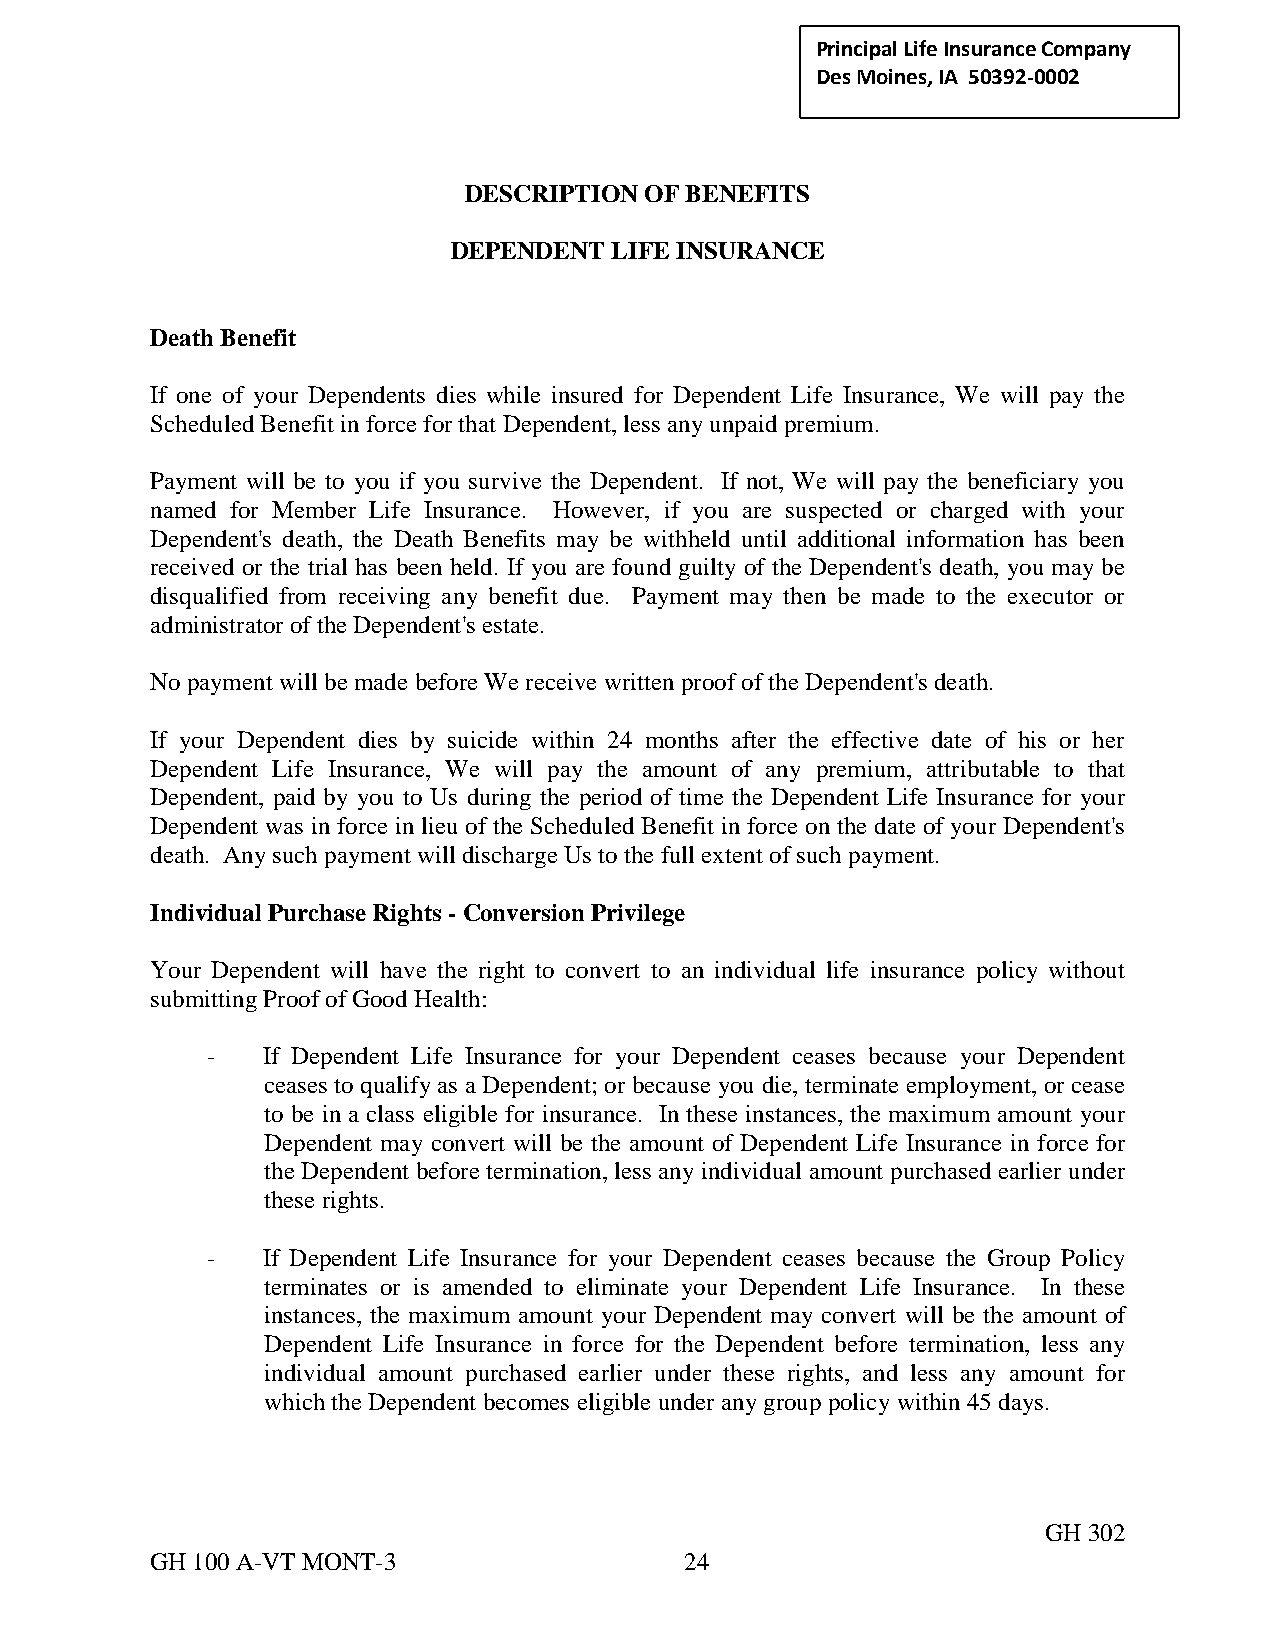
Principal Life Insurance C ompany
 Des Moines, IA 50392-0002
 DESCRIPTION OF BENEFITS
 DEPENDENT LIFE INSURANCE
 Death Benefit
 If one of your Dependents dies while insured for Dependent Life Insurance, We will pay the
 Scheduled Benefit in force for that Dependent, less any unpaid premium.
 Payment will be to you if you survive the Dependent. If not, We will pay the beneficiary you
 named for Member Life Insurance. However, if you are suspected or charged with your
 Dependent's death, the Death Benefits may be withheld until additional information has been
 received or the trial has been held. If you are found guilty of the Dependent's death, you may be
 disqualified from receiving any benefit due. Payment may then be made to the executor or
 administrator of the Dependent's estate.
 No payment will be made before We receive written proof of the Dependent's death.
 If your Dependent dies by suicide within 24 months after the effective date of his or her
 Dependent Life Insurance, We will pay the amount of any premium, attributable to that
 Dependent, paid by you to Us during the period of time the Dependent Life Insurance for your
 Dependent was in force in lieu of the Scheduled Benefit in force on the date of your Dependent's
 death. Any such payment will discharge Us to the full extent of such payment.
 Individual Purchase Rights - Conversion Privilege
 Your Dependent will have the right to convert to an individual life insurance policy without
 submitting Proof of Good Health:
 -  If Dependent Life Insurance for your Dependent ceases because your Dependent
 ceases to qualify as a Dependent; or because you die, terminate employment, or cease
 to be in a class eligible for insurance. In these instances, the maximum amount your
 Dependent may convert will be the amount of Dependent Life Insurance in force for
 the Dependent before termination, less any individual amount purchased earlier under
 these rights.
 -  If Dependent Life Insurance for your Dependent ceases because the Group Policy
 terminates or is amended to eliminate your Dependent Life Insurance. In these
 instances, the maximum amount your Dependent may convert will be the amount of
 Dependent Life Insurance in force for the Dependent before termination, less any
 individual amount purchased earlier under these rights, and less any amount for
 which the Dependent becomes eligible under any group policy within 45 days.
 GH 302
 GH 100 A-VT MONT-3                 24